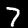
Digit: 7